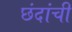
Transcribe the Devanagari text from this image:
छंदांची